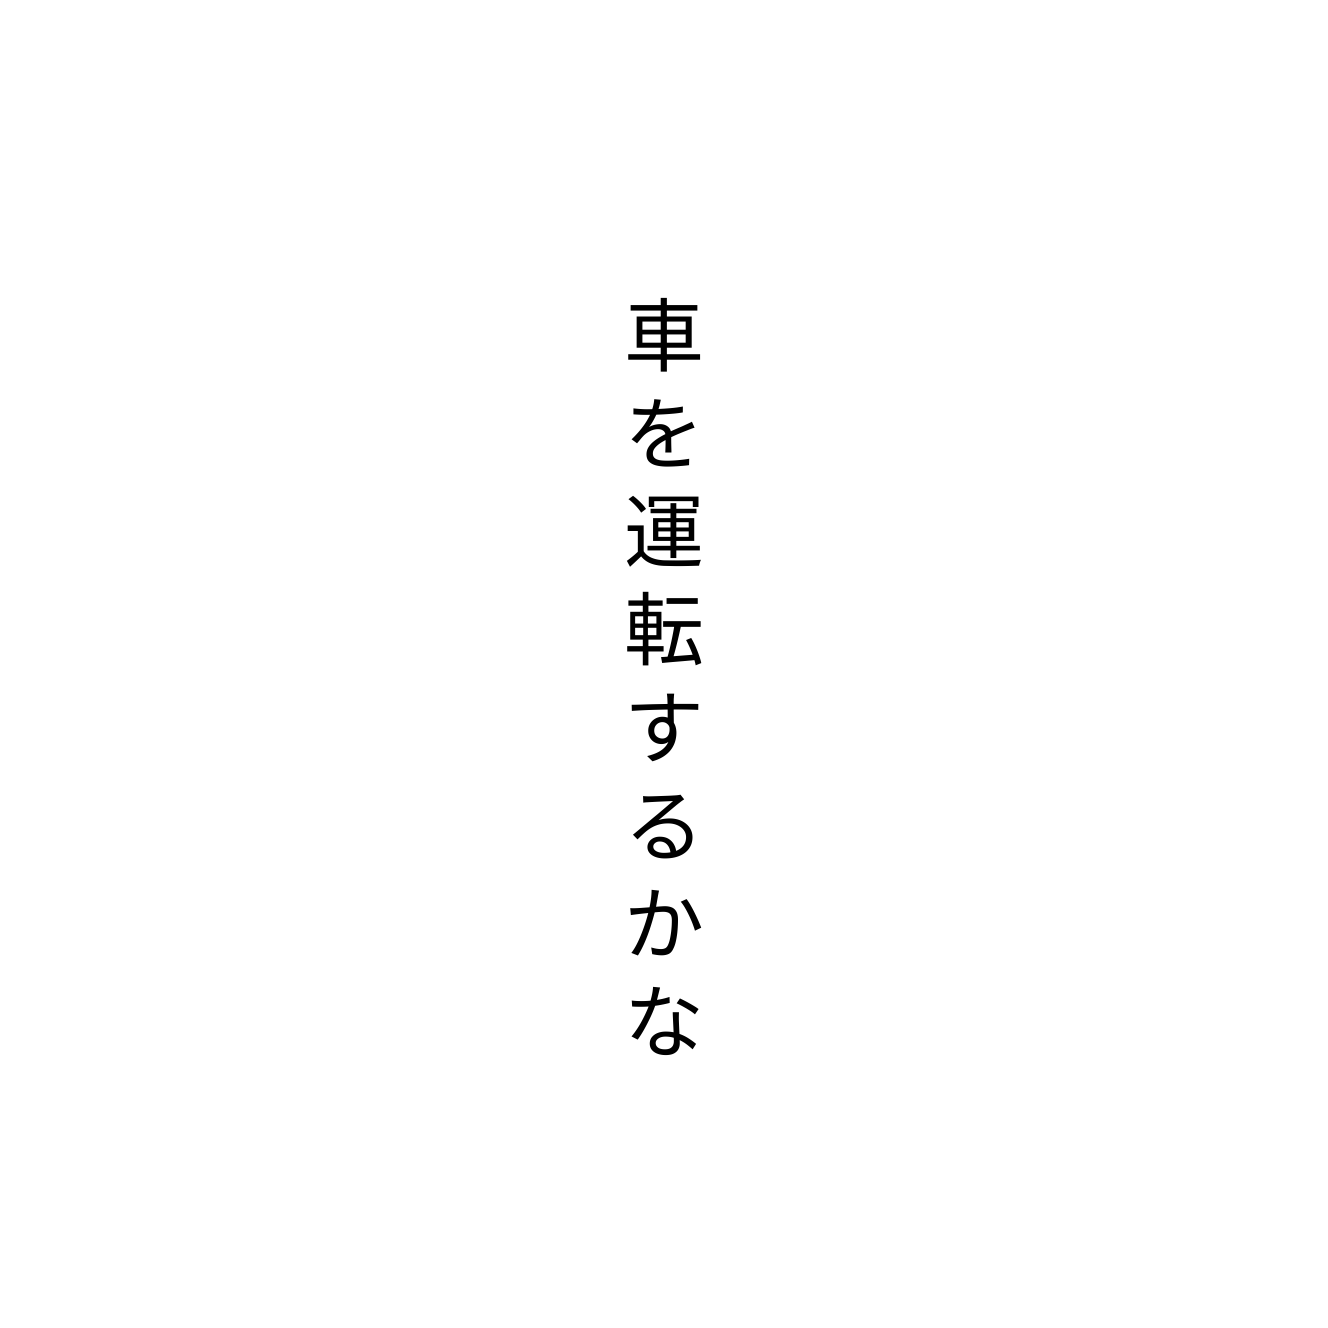
車を運転するかな